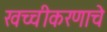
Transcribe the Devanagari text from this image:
खच्चीकरणाचे